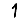
Digit: 1